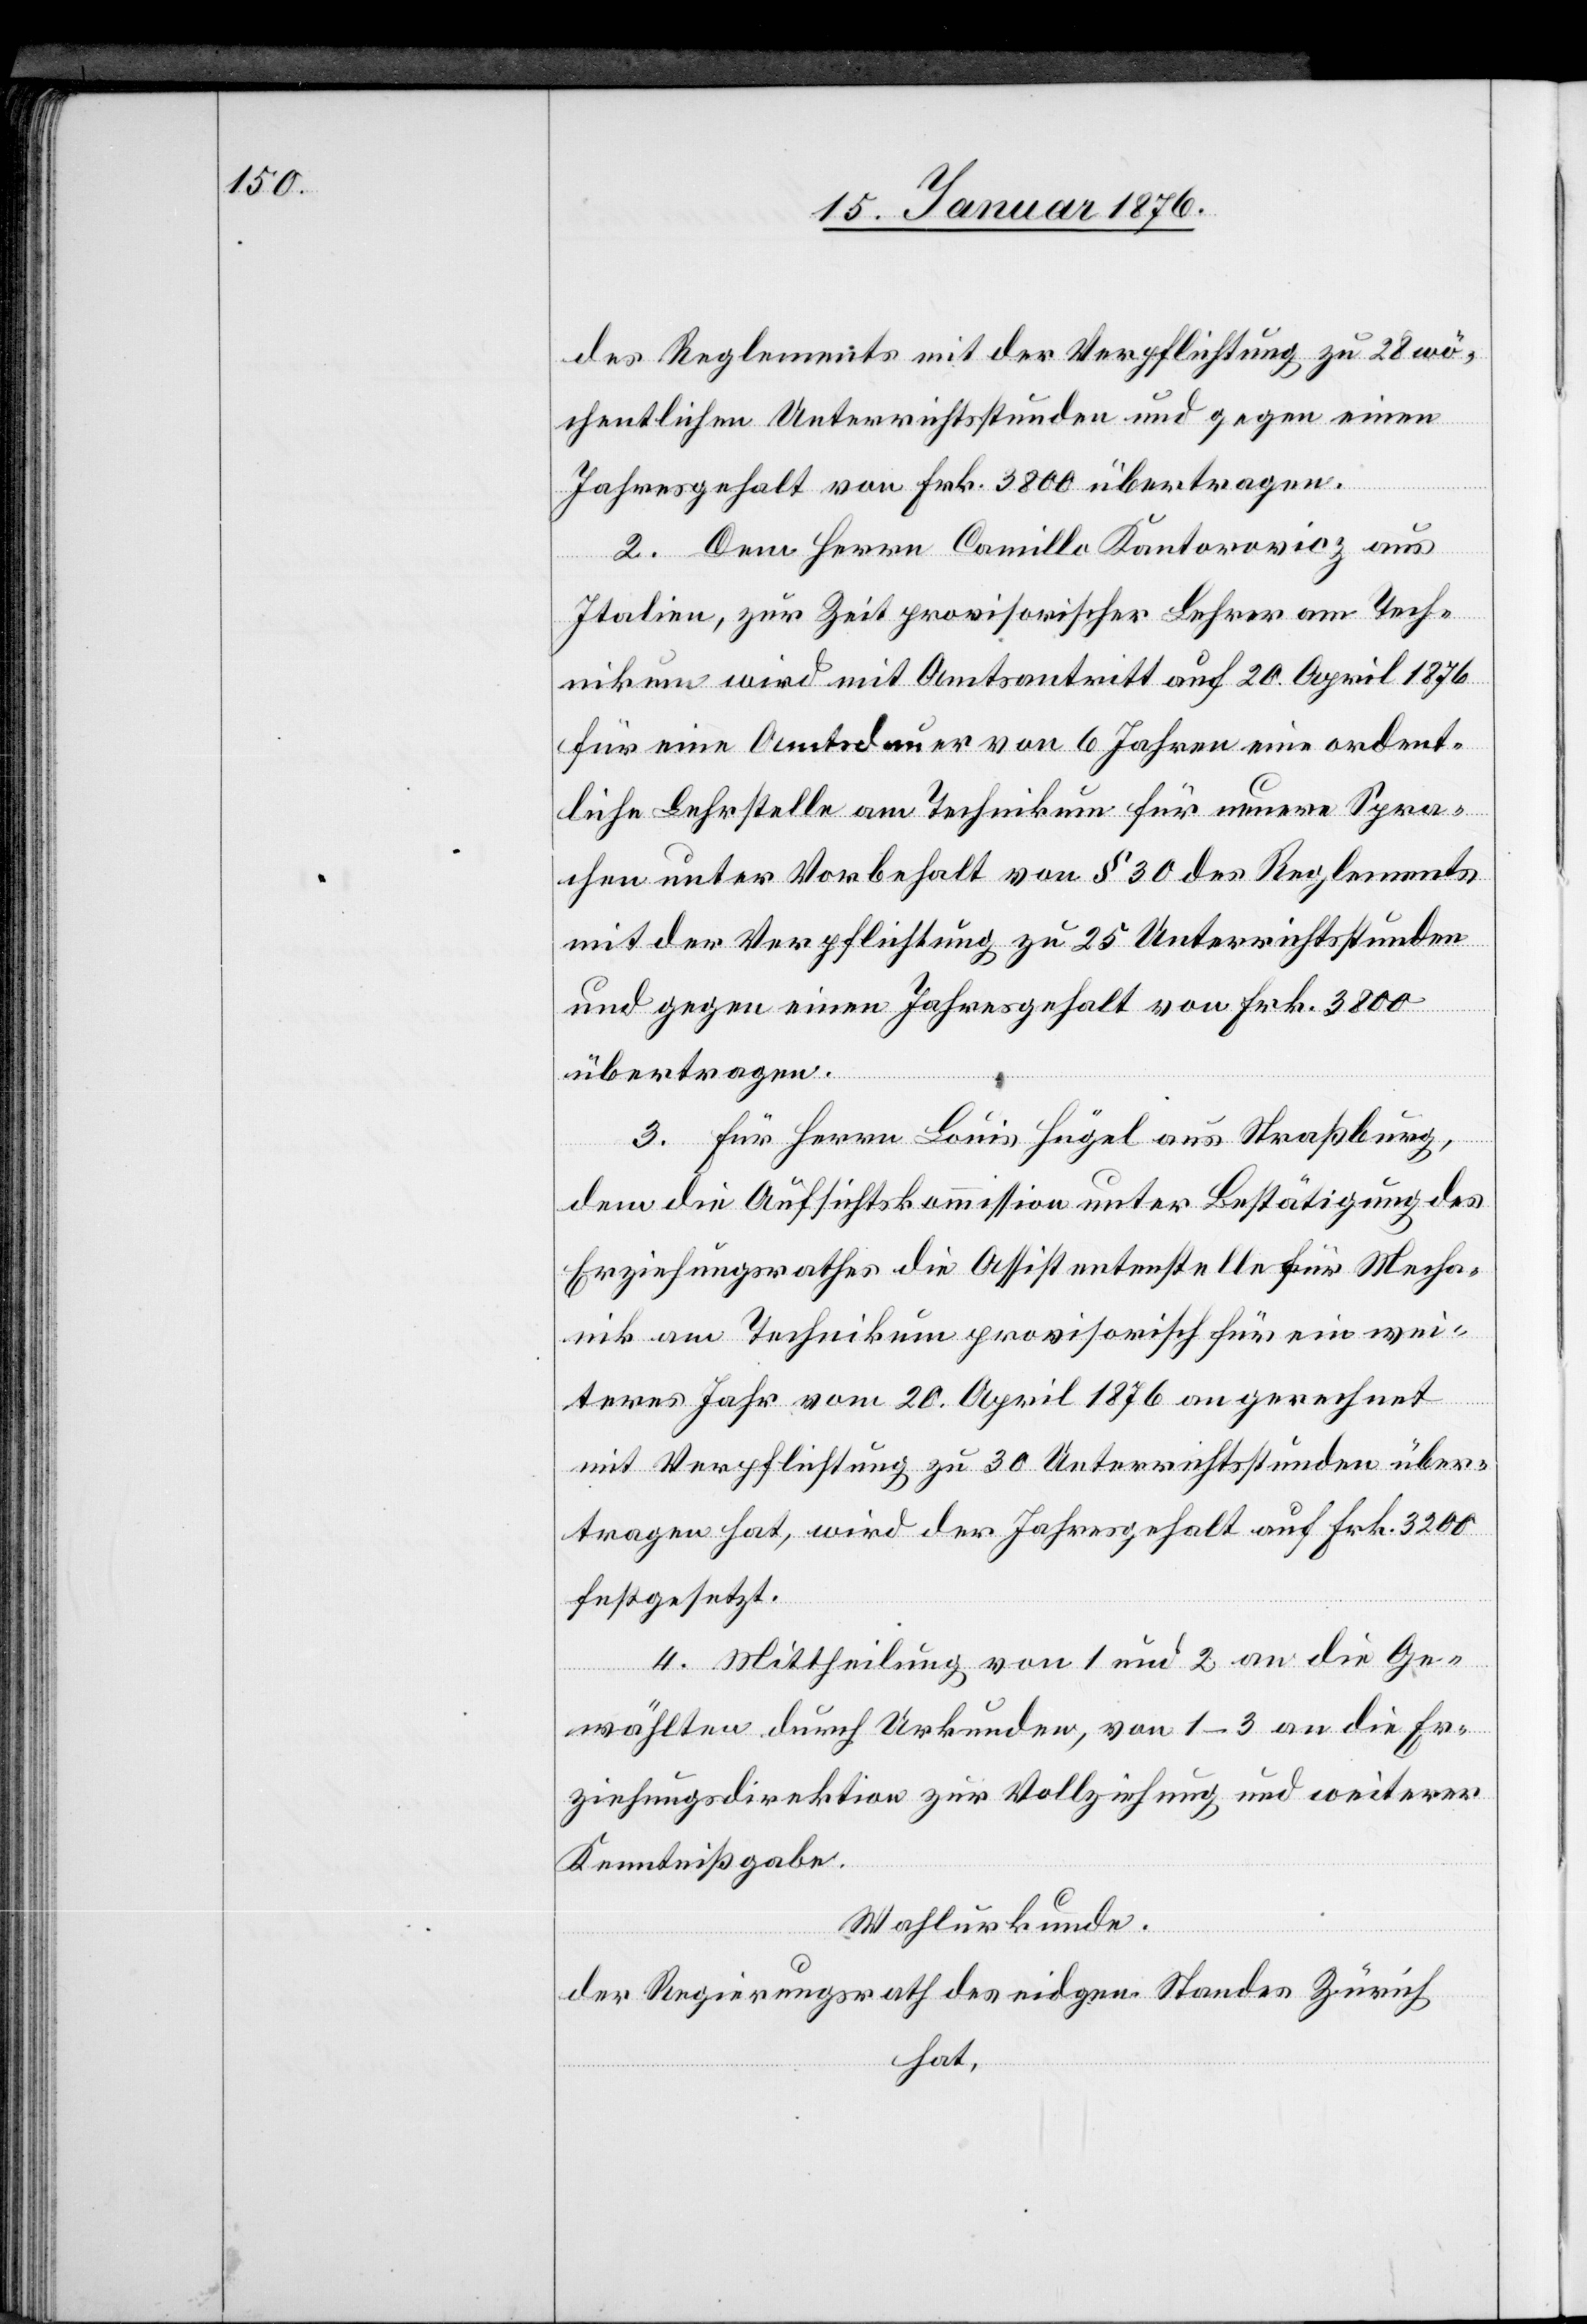
des Reglements mit der Verpflichtung zu 28 wö¬
chentlichen Unterrichtsstunden und gegen einen
Jahresgehalt von Frk. 3800 übertragen.
2. Dem Herrn Camillo Kantorowicz aus
Italien, zur Zeit provisorischer Lehrer am Tech¬
nikum wird mit Amtsantritt auf 20. April 1876
für eine Amtsdauer von 6 Jahren eine ordent¬
liche Lehrstelle am Technikum für neuere Spra¬
chen unter Vorbehalt von § 30 des Reglements
mit der Verpflichtung zu 25 Unterrichtsstunden
und gegen einen Jahresgehalt von Frk. 3800
übertragen.
3. Für Herrn Louis Hügel aus Straßburg,
dem die Aufsichtskommission unter Bestätigung des
Erziehungsrathes die Assistentenstelle für Mecha¬
nik am Technikum provisorisch für ein wei¬
teres Jahr vom 20. April 1876 an gerechnet
mit Verpflichtung zu 30 Unterrichtsstunden über¬
tragen hat, wird der Jahresgehalt auf Frk. 3200
festgesetzt.
4. Mittheilung von 1 und 2 an die Ge¬
wählten durch Urkunden, von 1–3 an die Er¬
ziehungsdirektion zur Vollziehung und weitere
Kenntnißgabe.
Wahlurkunde.
der Regierungsrath des eidgen. Standes Zürich
hat,